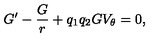
G ^ { \prime } - \frac { G } { r } + q _ { 1 } q _ { 2 } G V _ { \theta } = 0 ,